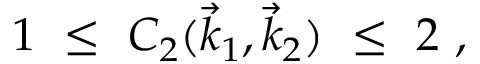
1 \ \leq \ C _ { 2 } ( \vec { k } _ { 1 } , \vec { k } _ { 2 } ) \ \leq \ 2 \ ,